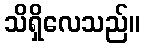
သိရှိလေသည်။